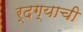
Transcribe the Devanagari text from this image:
र्दग्याची